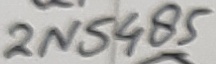
Text: 2N5485